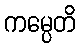
ကမ္ပေတိ